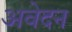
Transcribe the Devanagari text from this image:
अवेदन